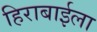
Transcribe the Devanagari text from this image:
हिराबाईला